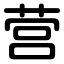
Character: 营